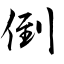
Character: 倒